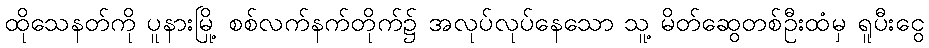
ထိုသေနတ်ကို ပူနားမြို့ စစ်လက်နက်တိုက်၌ အလုပ်လုပ်နေသော သူ့ မိတ်ဆွေတစ်ဦးထံမှ ရူပီးငွေ